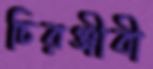
চিরঞ্জীবী